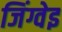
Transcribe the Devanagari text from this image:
जिंग्वेइ